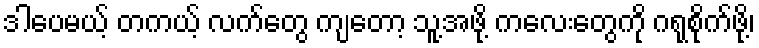
ဒါပေမယ့် တကယ့် လက်တွေ ကျတော့ သူ့အဖို့ ကလေးတွေကို ဂရုစိုက်ဖို့၊